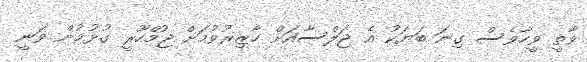
ވާތީ ވީހާވެސް ގިނަ ބަޔަކު އެ ޖަލްސާއަށް ހާޒިރުވުމަށް ޖުމްހޫރީ ގުޅުމުން ވަނީ